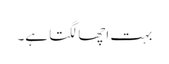
بہت اچھا لگتا ہے۔